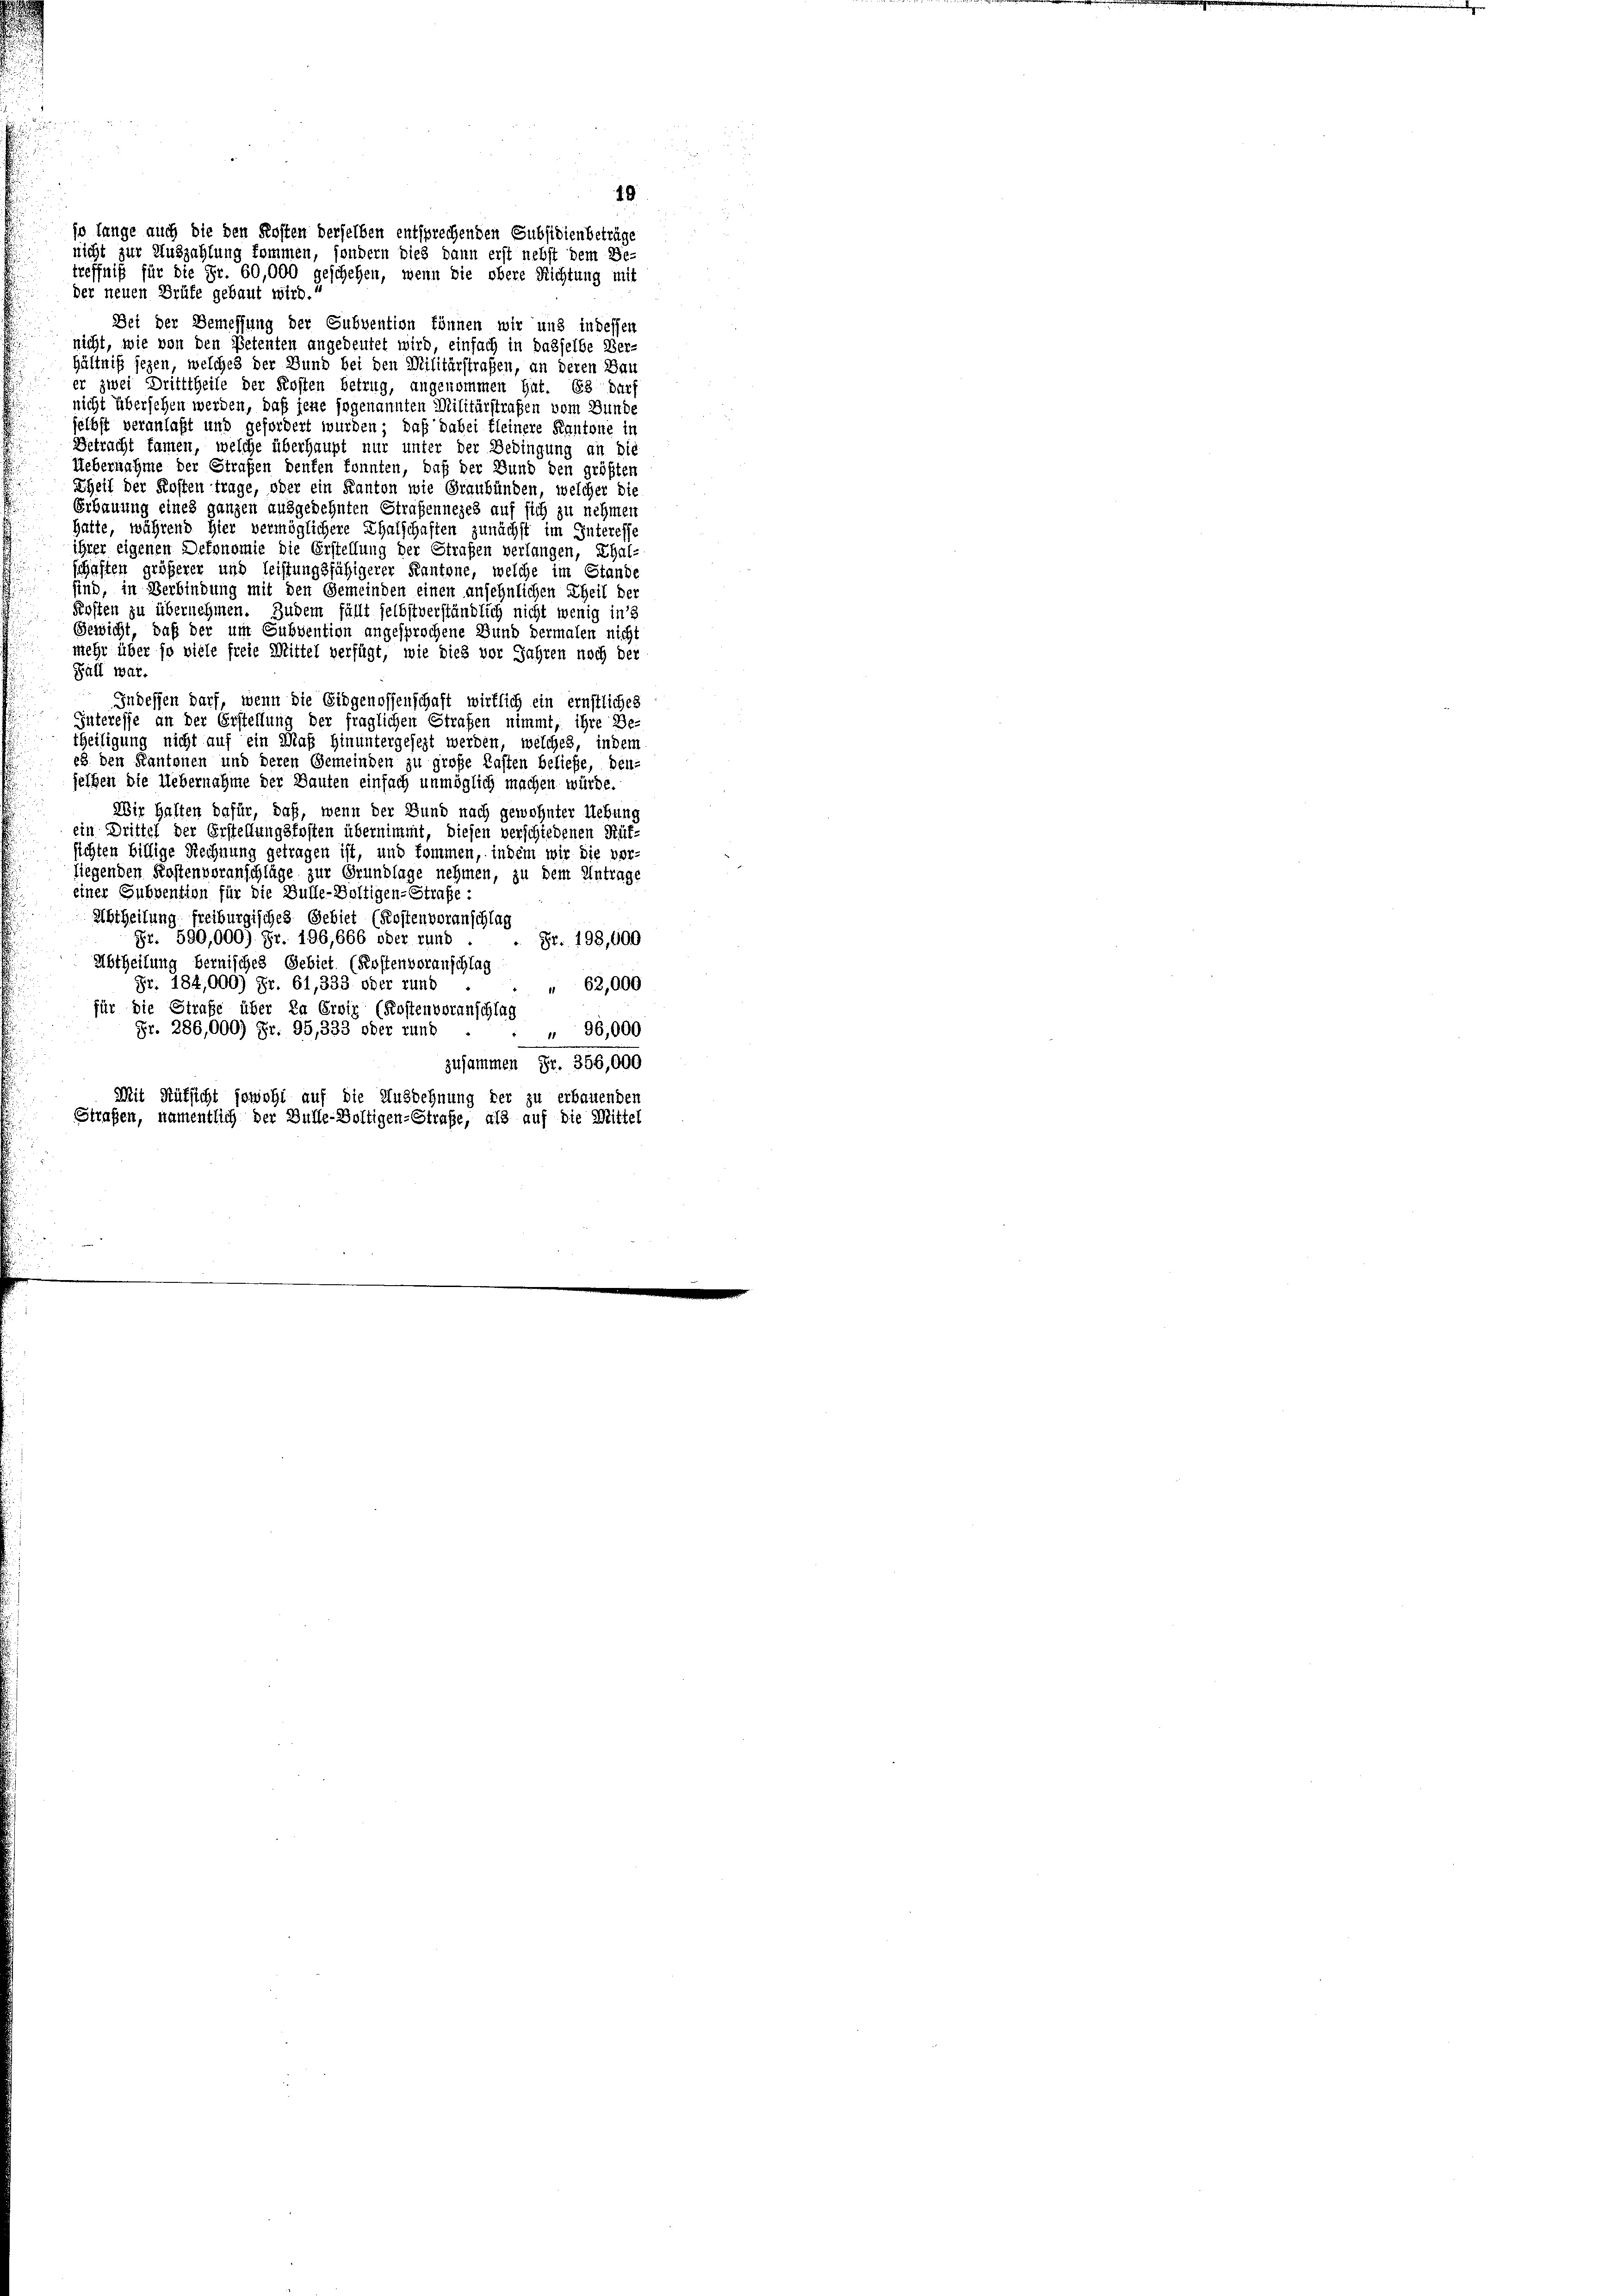
Bei der Bemessung der Subvention können wir und in dessen
nicht, wie von den Petenten angedeutet wird, einfach in dasselbe Ver-
hältniß jezen, welches der Bund bei den Militärstraßen, an deren Bau
er zwei Dritttheile der Kosten betrug, angenommen Gut. Es darf
nicht übersehen werden, daß jene sogenannten Militärstrafen vom Bunde
selbst veranlaßt und gefordert wurden; daß dabei kleinere Kantone in
Betracht kamen, welche überhaupt nur unter der Bedingung an die
Uebernahme der Strafen denken konnten, daß der Bund den größten
Theil der Kosten trage, oder ein Kanton wie Graubünden, welcher die
Erbauung eines ganzen ausgedehnten Straßennezes auf sich zu nehmen
hatte, während hier vermöglichere Thalschaften zunächst im Interesse
ihrer eigenen Dekonomie die Erstellung der Strafen verlangen, Ehal-
schaften größerer und leistungsfähigerer Kantone, welche im Stande
sind, in Verbindung mit den Gemeinden einen ansehnlichen Theil der
Kosten zu übernehmen. Zudem fällt selbst verständlich nicht wenig in d
Gewicht, daß der um Subvention angesprochene Bund dermalen nicht
mehr über so viele freie Mittel verfügt, wie dies vor Jahren noch der
Fall war.
Indessen darf, wenn die Eidgenossenschaft wirklich ein ernstliches
Interesse an der Erstellung der fraglichen Strafen nimmt, ihre Be-
theiligung nicht auf ein Maß hinuntergesezt werden, welches, indem
e8 den Kantonen und deren Gemeinden zu große Lasten beliefe, den-
selben die Uebernahme der Bauten einfach unmöglich machen würde.
Wir halten dafür, daß, wenn der Bund nach gewohnter Uebung
ein Drittel der Erstellungsfosten übernimmt, diesen verschiedenen Rüt-
sichten billige Rechnung getragen ist, und kommen, indem wir die vor-
liegenden Kostenvoranschläge zur Grundlage nehmen, zu dem Antrage
einer Subvention für die Bulle-Baltigen-Strafe:
Abtheilung freiburgisches Gebiet (Kostenvoranschlag
Fr. 590,000) Fr. 196,666 oder rund
 Fr. 198,600
Abtheilung bernisches Gebiet. (Kostenvoranschlag
Fr. 184,000) Fr. 61,333 oder rund
62,000
für die Strafe über da Erviz (Kostenvoranschlag
Fr. 386,000) Fr. 95,333 oder rund
96,000
zusammen Fr. 356,000
Mit Aufsicht jewohl auf die Ausdehnung der zu erbauenden
Strafen, namentlich der Bulle-Voltigen-Straße, als auf die Mittel

der neuen Brüfe gebaut wird.

19
jo lange auch die den Kosten derselben entsprechenden Subsidienbeträge
nicht zur Auszahlung kommen, sondern dies dann erst nebst dem Be-
treffniß für die Fr. 60,000 geschehen, wenn die obere Richtung mit